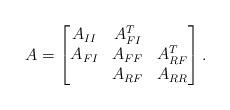
LaTeX: \begin{align*} A = \begin{bmatrix} A_{II} & A_{FI}^T & \\ A_{FI} & A_{FF} & A_{RF}^T \\ & A_{RF} & A_{RR} \\ \end{bmatrix}.\end{align*}